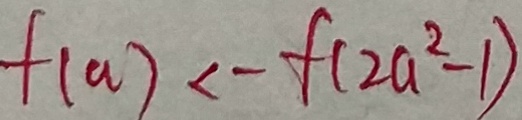
f ( a ) < - f ( 2 a ^ { 2 } - 1 )